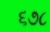
૬૭૮